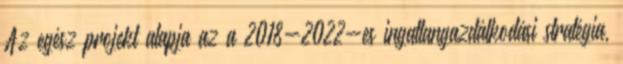
Az egész projekt alapja az a 2018-2022-es ingatlangazdálkodási stratégia,